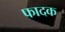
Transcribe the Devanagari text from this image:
फादक